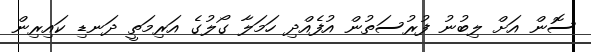
ސޮން އަށް ލިބުނު ފުރުސަތުން އުފެއްދި ހަމަލާ ގޯލުގެ އަރިމަތީ ދަނޑި ކައިރިން